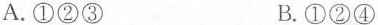
A.①②③ B.①②④